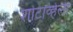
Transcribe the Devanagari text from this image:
शोटाव्हेली